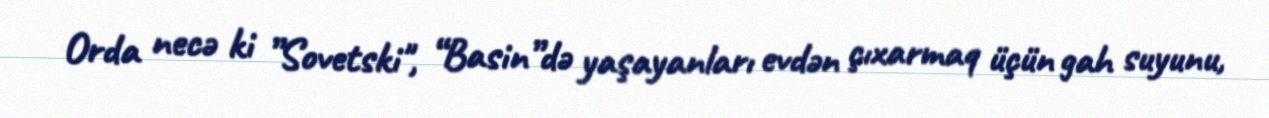
Orda necə ki ”Sovetski", “Basin”də yaşayanları evdən çıxarmaq üçün gah suyunu,